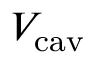
V _ { \mathrm { c a v } }